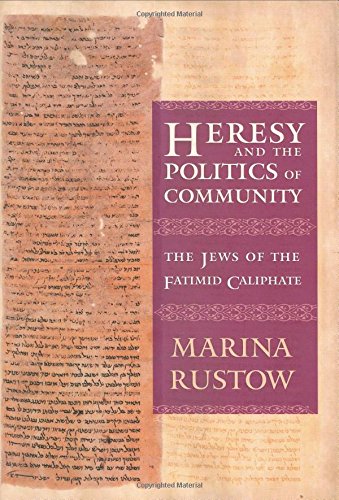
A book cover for Heresy and the Politics of Community: The Jews of the Fatimid Caliphate (Conjunctions of Religion and Power in the Medieval Past); Marina Rustow; History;